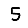
Digit: 5